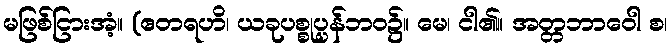
မဖြစ်ငြားအံ့။ (ဧတရဟိ၊ ယခုပစ္စုပ္ပန်ဘဝ၌။ မေ၊ ငါ၏။ အတ္တဘာဝေါ စ၊